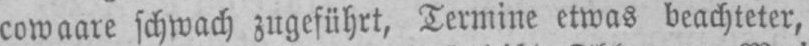
cowaare schwach zugeführt, Termine etwas beachteter,